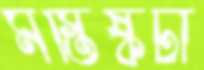
মস্তিষ্কটা